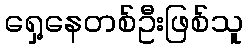
ရှေ့နေတစ်ဦးဖြစ်သူ